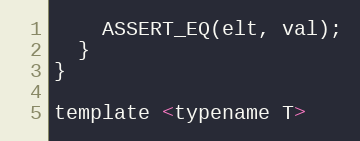
Language: C
    ASSERT_EQ(elt, val);
  }
}

template <typename T>